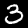
Digit: 3